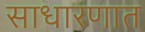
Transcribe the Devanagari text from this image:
साधारणात